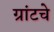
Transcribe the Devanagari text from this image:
ग्रांटचे